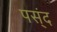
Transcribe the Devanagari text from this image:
पस्ंद